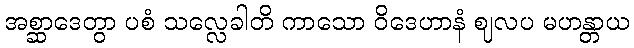
အစ္ဆာဒေတွာ ပစံ သလ္လေခါတိ ကာသော ဝိဒေဟာနံ ဈလပ မဟန္တာယ